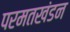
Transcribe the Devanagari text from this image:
परमतखंडन